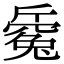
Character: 𣃅